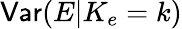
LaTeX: \mathsf{Var}(E|K_{e}=k)